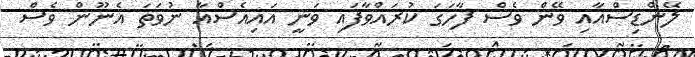
ލޭންޑިސްއާއި ވޭން ވެސް ފާހަގަ ކުރައްވާފައި ވަނީ އައިއެސްއާ ނުވަތަ އެނޫން ވެސް